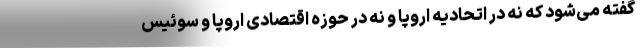
گفته می‌شود که نه در اتحادیه اروپا و نه در حوزه اقتصادی اروپا و سوئیس